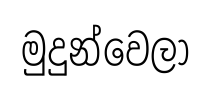
මුදුන්වෙලා